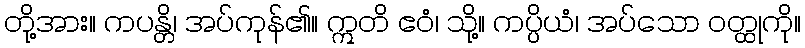
တို့အား။ ကပန္တိ၊ အပ်ကုန်၏။ ဣတိ ဧဝံ၊ သို့။ ကပ္ပိယံ၊ အပ်သော ဝတ္ထုကို။